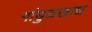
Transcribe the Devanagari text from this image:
गांडुळखाद्य